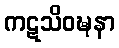
ကဋသိဝဍ္ဎနာ